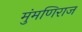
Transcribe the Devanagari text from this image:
मुंमणिराज